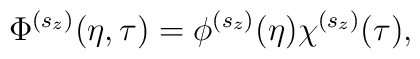
\Phi ^{(s_z)}(\eta ,\tau )=\phi ^{(s_z)}(\eta )\chi ^{(s_z)}(\tau ),